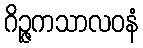
ဂိဉ္ဇကသာလဝနံ